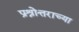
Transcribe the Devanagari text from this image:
प्रश्नोत्तराच्या